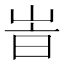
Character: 峕